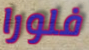
فلورا